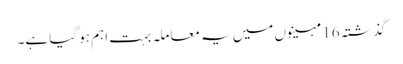
گذشتہ 16 مہینوں میں یہ معاملہ بہت اہم ہو گیا ہے۔